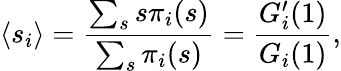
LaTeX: \langle s_{i}\rangle=\frac{\sum_{s}s\pi_{i}(s)}{\sum_{s}\pi_{i}(s)}=\frac{G_{i}^{\prime}(1)}{G_{i}(1)},